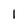
Character: 1